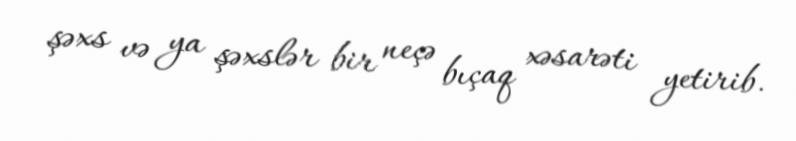
şəxs və ya şəxslər bir neçə bıçaq xəsarəti yetirib.